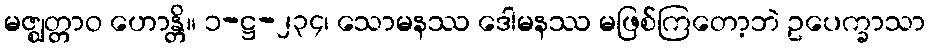
မဇ္ဈတ္တာဝ ဟောန္တိ။ ၁-ဋ္ဌ-၂၃၄၊ သောမနဿ ဒေါမနဿ မဖြစ်ကြတော့ဘဲ ဥပေက္ခာသာ